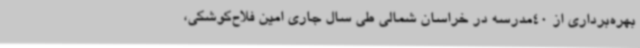
بهره‌برداری از 40مدرسه در خراسان شمالی طی سال جاری امین فلاح‌کوشکی،